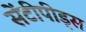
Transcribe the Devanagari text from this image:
सेंटीपीड्स